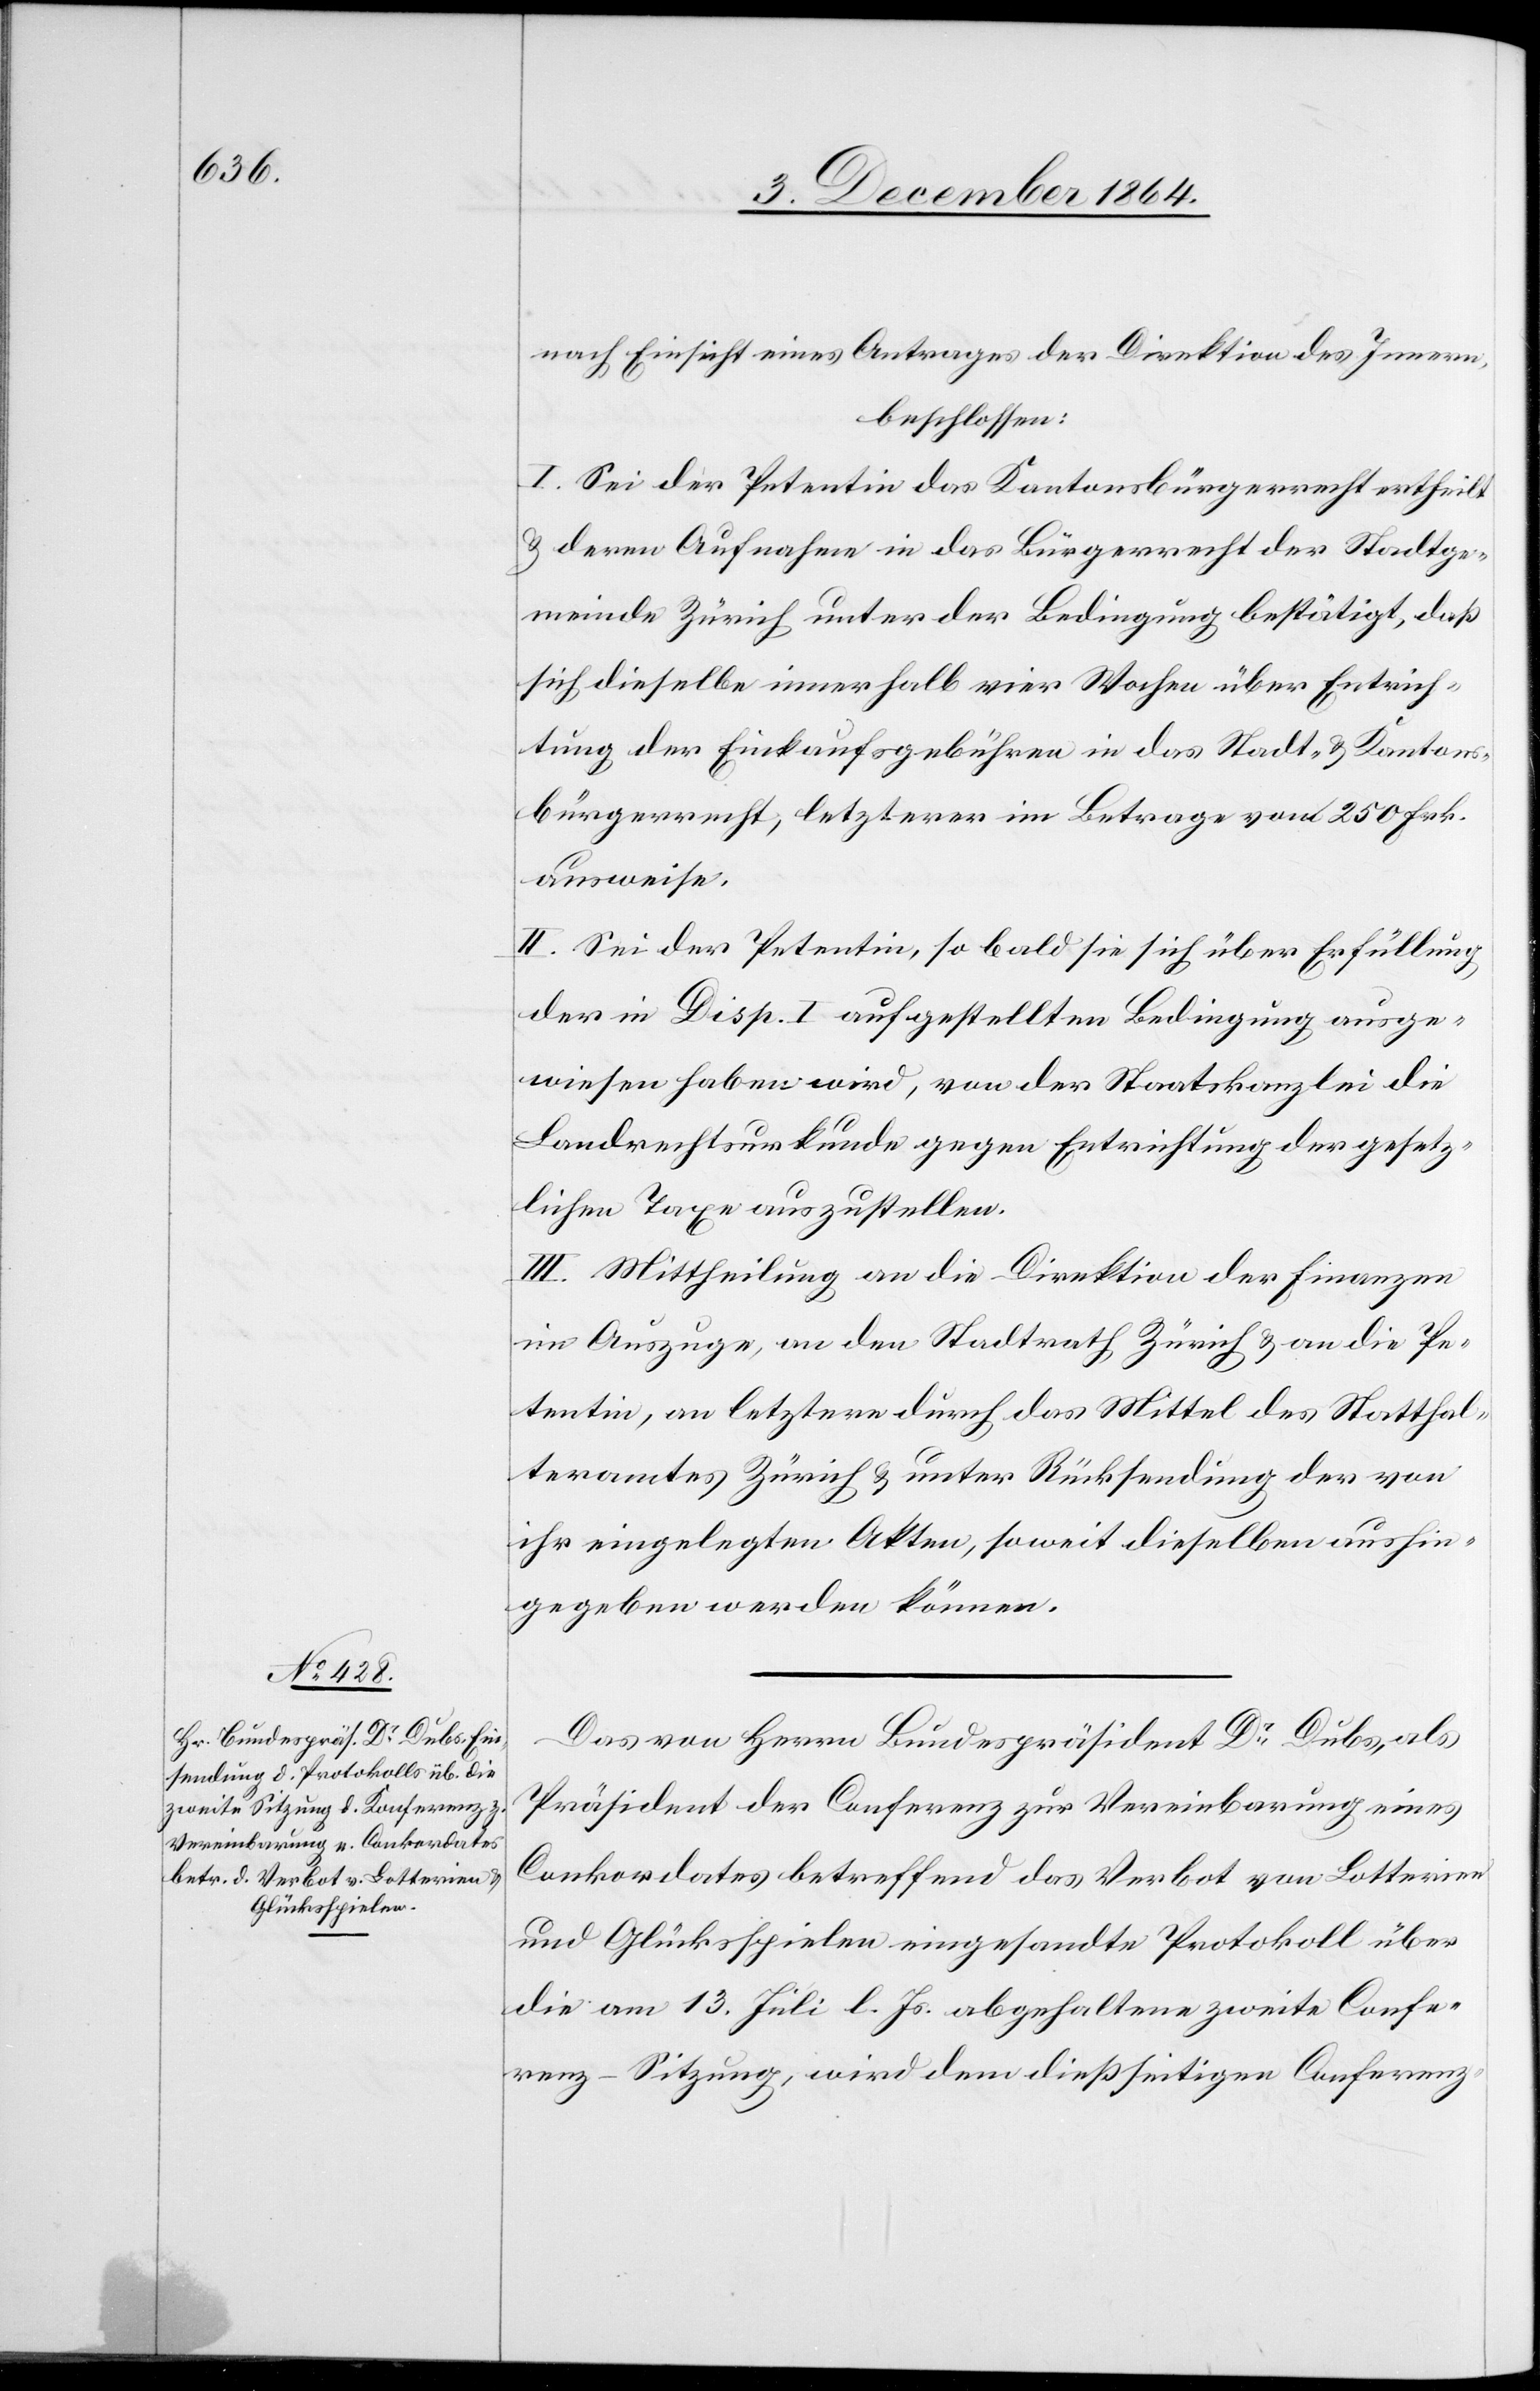
nach Einsicht eines Antrages der Direktion des Innern,
beschlossen:
I. Sei der Petentin das Kantonsbürgerrecht ertheilt
& deren Aufnahme in das Bürgerrecht der Stadtge¬
meinde Zürich unter der Bedingung bestätigt, daß
sich dieselbe innerhalb vier Wochen über Entrich¬
tung der Einkaufsgebühren in das Stadt- & Kantons¬
bürgerrecht, letzterer [sic!] im Betrage von 250 Frk.
ausweise.
II. Sei der Petentin, so bald sie sich über Erfüllung
der in Disp. I aufgestellten Bedingung ausge¬
wiesen haben wird, von der Staatskanzlei die
Landrechtsurkunde gegen Entrichtung der gesetz¬
lichen Taxe auszustellen.
III. Mittheilung an die Direktion der Finanzen
im Auszuge, an den Stadtrath Zürich & an die Pe¬
tentin, an letztere durch das Mittel des Statthal¬
teramtes Zürich & unter Rücksendung der von
ihr eingelegten Akten, soweit diese aushin¬
gegeben werden können.
Das von Herrn Bundespräsident Dr Dubs, als
Präsident der Conferenz zur Vereinbarung eines
Conkordates betreffend das Verbot von Lotterien
und Glückspielen eingesandte Protokoll über
die am 13. Juli l. Js. abgehaltene zweite Confe¬
renz-Sitzung, wird dem dießseitigen Conferenz-